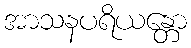
အာသနပရိယန္တော